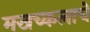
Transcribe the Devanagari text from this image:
मखच्कलाचे